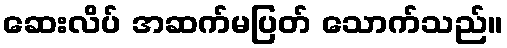
ဆေးလိပ် အဆက်မပြတ် သောက်သည်။